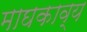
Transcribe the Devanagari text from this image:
माघकाव्य